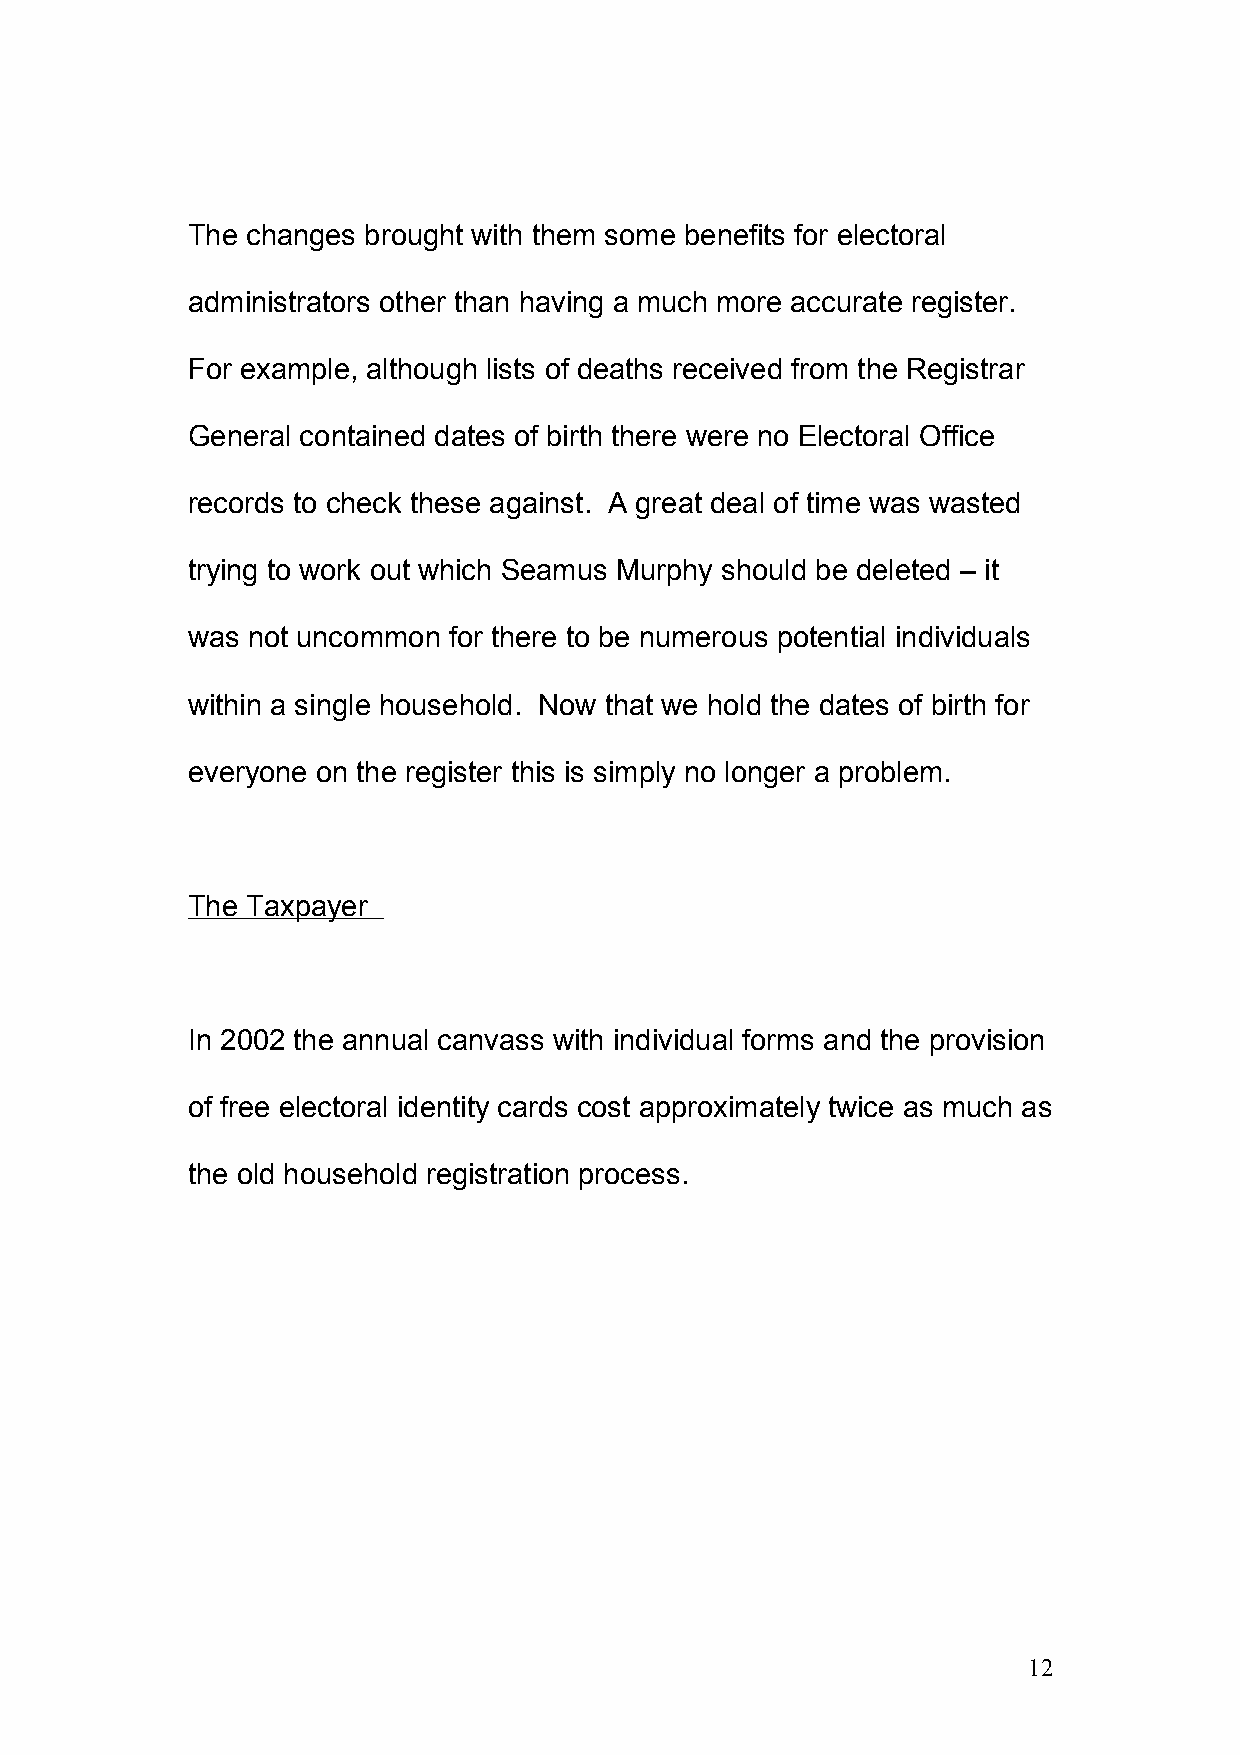
The changes brought with them some benefits for electoral
 administrators other than having a much more accurate register.
 For example, although lists of deaths received from the Registrar
 General contained dates of birth there were no Electoral Office
 records to check these against. A great deal of time was wasted
 trying to work out which Seamus Murphy should be deleted – it
 was not uncommon  for there to be numerous potential individuals
 within a single household. Now that we hold the dates of birth for
 everyone on the register this is simply no longer a problem.
 The Taxpayer
 In 2002 the annual canvass with individual forms and the provision
 of free electoral identity cards cost approximately twice as much as
 the old household registration process.
 12